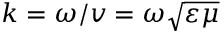
k = \omega / v = \omega \sqrt { \varepsilon \mu }